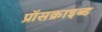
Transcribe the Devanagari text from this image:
प्रॉसक्राइब्ड